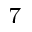
_ 7